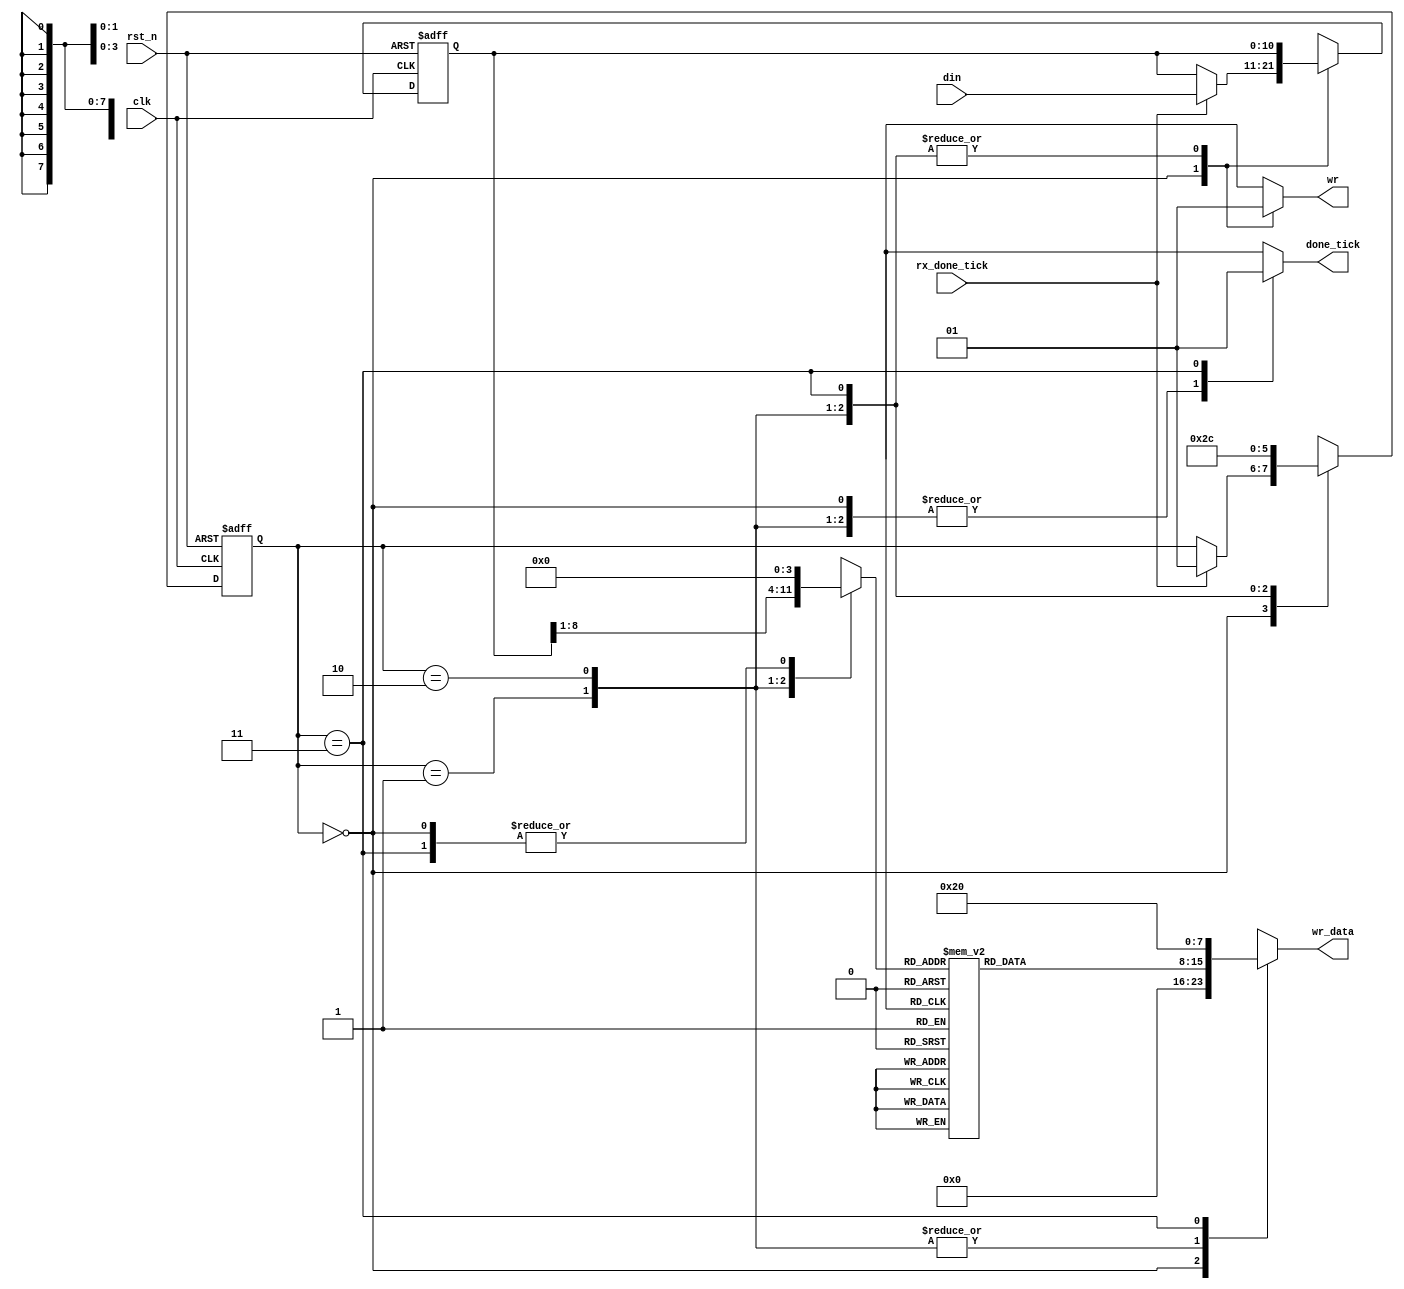
`timescale 1ns / 1ps

module ps2_monitor(
	input clk,rst_n,
	input[10:0] din,
	input rx_done_tick,
	output reg wr,
	output reg[7:0] wr_data,
	output reg done_tick
    );
	 //FSM state declarations
	 localparam[1:0] idle=2'd0,
							hex0=2'd1, //extract first hex of din then convert to ascii to be transmitted via UART
							hex1=2'd2, //extract second hex of din then convert to ascii to be transmitted via UART
							done=2'd3;
	reg[1:0] state_reg,state_nxt;
	reg[10:0] din_reg,din_nxt;
	reg[3:0] hex;
	reg[7:0] ascii;
	//FSM register operations
	always @(posedge clk,negedge rst_n) begin
		if(!rst_n) begin
			state_reg<=idle;
			din_reg<=0;
		end
		else begin
			state_reg<=state_nxt;
			din_reg<=din_nxt;
		end
	end
	//FSM next-state logics
	always @* begin
		state_nxt=state_reg;
		din_nxt=din_reg;
		hex=0;
		wr=0;
		done_tick=0;
		wr_data=0;
		case(state_reg) 
			   idle: if(rx_done_tick) begin //wait for ps2_rx to finsih receiving a packet
							din_nxt=din;
							state_nxt=hex0;
						end
			   hex0: begin  //extract first hex of din then convert to ascii to be transmitted via UART
							hex=din_reg[8:5];
							wr_data=ascii;
							wr=1;
							state_nxt=hex1;
						end
			   hex1: begin  //extract second hex of din then convert to ascii to be transmitted via UART
							hex=din_reg[4:1];
							wr_data=ascii;
							wr=1;
							state_nxt=done;
						end
			   done: begin
							wr_data=8'h20; //space for more organized output
							wr=1;
							done_tick=1;
							state_nxt=idle;
						end
			default: state_nxt=idle;
		endcase
	end
	//convert hex to ascii
	always @* begin
		ascii=0;
		case(hex)
			4'h0: ascii=8'h30;
			4'h1: ascii=8'h31;
			4'h2: ascii=8'h32;
			4'h3: ascii=8'h33;
			4'h4: ascii=8'h34;
			4'h5: ascii=8'h35;
			4'h6: ascii=8'h36;
			4'h7: ascii=8'h37;
			4'h8: ascii=8'h38;
			4'h9: ascii=8'h39;
			4'ha: ascii=8'h41; //A
			4'hb: ascii=8'h42; //B
			4'hc: ascii=8'h43; //C
			4'hd: ascii=8'h44; //D
			4'he: ascii=8'h45; //E
			4'hf: ascii=8'h46; //F	
			default: ascii=8'h47; //for debugging
		endcase
	end

endmodule